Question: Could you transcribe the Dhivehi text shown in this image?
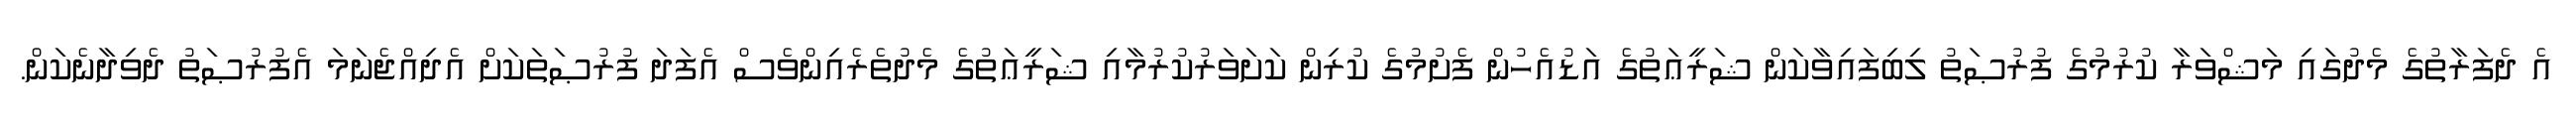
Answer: އެ ދެފަރާތުގެ މެދުގައި މަޝްވަރާ ކުރުމުގެ ފުރުޞަތު ލިބިފައިވާކަން ޝަރީޢަތުގެ އަޑުއެހުން ފެށުމުގެ ކުރިން ކަށަވަރުކުރުމާއި ޝަރީޢަތުގެ މެދުތެރެއިންވެސް އެފަދަ ފުރުޞަތަކަށް އެދިއްޖެނަމަ އެފުރުޞަތު ދެވިދާނެކަން.